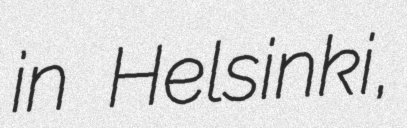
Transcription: in Helsinki,